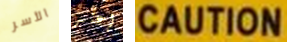
الأسر إعتبر CAUTION